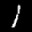
Label: 1